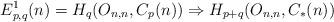
LaTeX: \begin{align*}E^{1}_{p,q}(n) &= H_{q}(O_{n,n}, C_{p}(n)) \Rightarrow H_{p+q}(O_{n,n}, C_{*}(n))\end{align*}